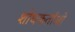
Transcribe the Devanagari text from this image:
शोधकर्ताओ